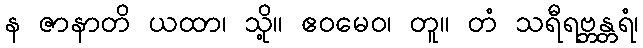
န ဇာနာတိ ယထာ၊ သို့။ ဧဝမေဝ၊ တူ။ တံ သရီရဗ္ဘန္တရံ၊